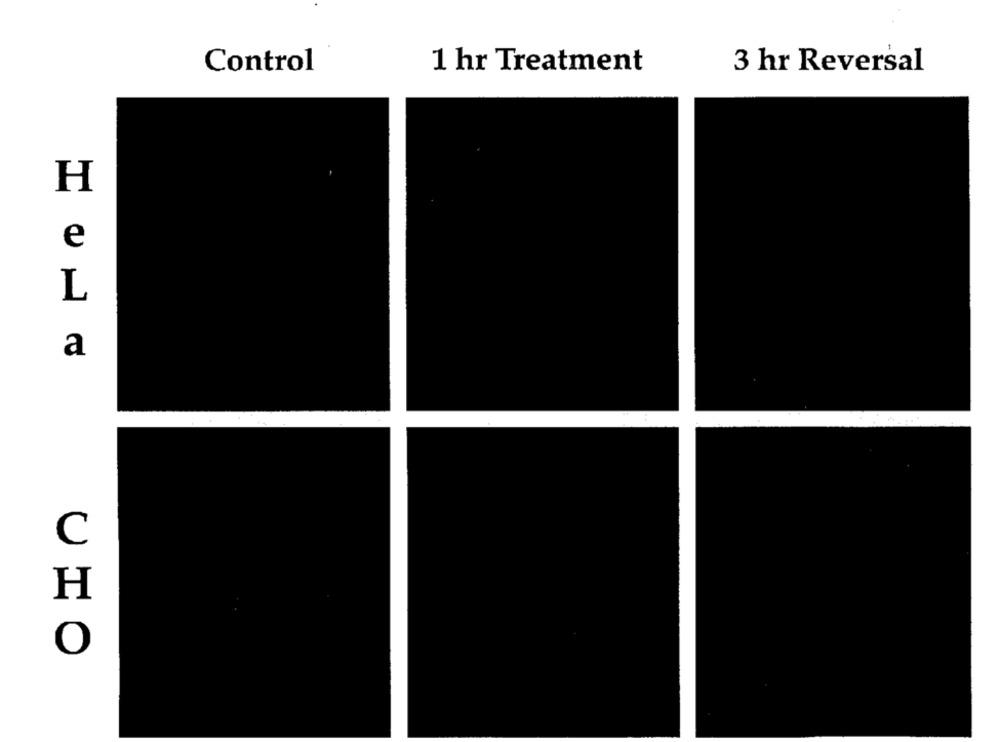
1 hr Treatment
Control
3 hr Reversal
H
e
L
a
C
H
O